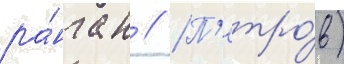
ра́нга н // П'етро́в)